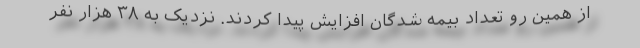
از همین رو تعداد بیمه شدگان افزایش پیدا کردند. نزدیک به ۳۸ هزار نفر